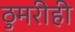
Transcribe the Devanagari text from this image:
ठुमरीही